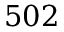
5 0 2